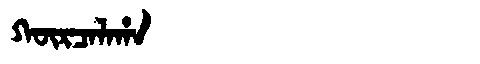
Manchu: ᡴᡡᡵᠴᠠᠯᠠᡥᠠ
Romanization: KŪRCALAHA